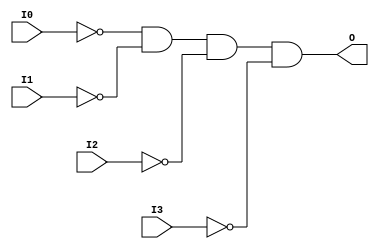
module AND4B4 (O, I0, I1, I2, I3);

    output O;

    input  I0, I1, I2, I3;

    wire i0_inv;
    wire i1_inv;
    wire i2_inv;
    wire i3_inv;

    not N3 (i3_inv, I3);
    not N2 (i2_inv, I2);
    not N1 (i1_inv, I1);
    not N0 (i0_inv, I0);
    and A1 (O, i0_inv, i1_inv, i2_inv, i3_inv);


endmodule